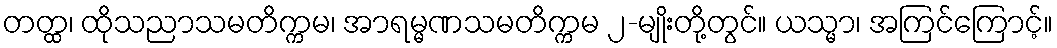
တတ္ထ၊ ထိုသညာသမတိက္ကမ၊ အာရမ္မဏသမတိက္ကမ ၂-မျိုးတို့တွင်။ ယသ္မာ၊ အကြင်ကြောင့်။